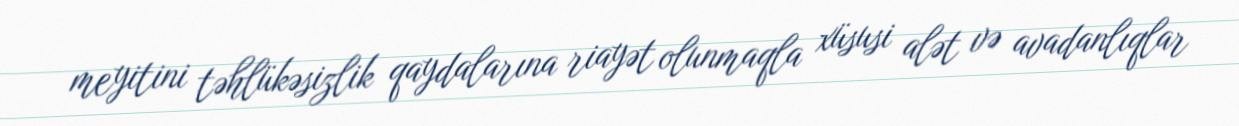
meyitini təhlükəsizlik qaydalarına riayət olunmaqla xüsusi alət və avadanlıqlar